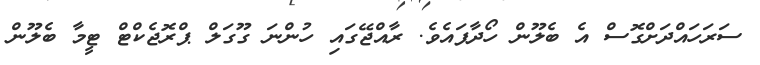
ސަރަހައްދަށްގޮސް އެ ބެލޫން ހޯދާފައެވެ. ރާއްޖޭގައި ހުންނަ ގޫގަލް ޕްރޮޖެކްޓް ޓީމާ ބެލޫން